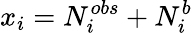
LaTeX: x_{i}=N_{i}^{obs}+N_{i}^{b}